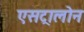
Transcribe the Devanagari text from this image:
एसट्रालोन